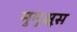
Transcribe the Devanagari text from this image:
मुमुक्षूस